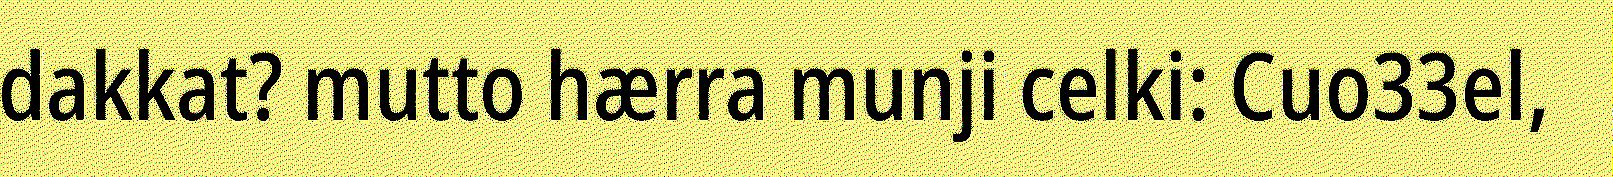
dakkat? mutto hærra munji celki: Cuo33el,